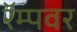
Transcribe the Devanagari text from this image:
रॅम्पवर